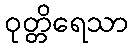
ဝုတ္တိရေသာ